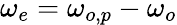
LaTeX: \omega_{e}=\omega_{o,p}-\omega_{o}